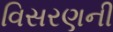
વિસરણની